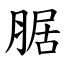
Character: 腒